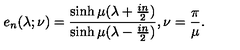
e _ { n } ( \lambda ; \nu ) = \frac { \sinh \mu ( \lambda + { \frac { i n } { 2 } } ) } { \sinh \mu ( \lambda - { \frac { i n } { 2 } } ) } , \nu = { \frac { \pi } { \mu } } . \nonumber